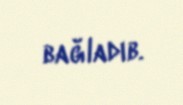
bağladıb.